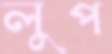
লুপ